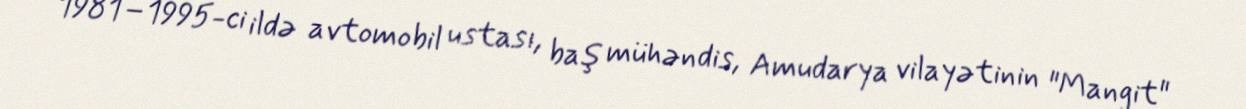
1981–1995-ci ildə avtomobil ustası, baş mühəndis, Amudarya vilayətinin "Mangit"